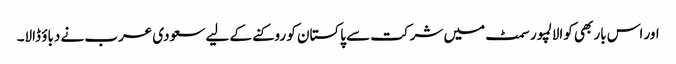
اور اس بار بھی کوالالمپور سمٹ میں شرکت سے پاکستان کو روکنے کے لیے سعودی عرب نے دباؤ ڈالا۔